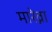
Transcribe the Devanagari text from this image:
मारेव्ना